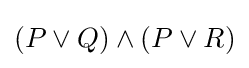
(P\lor Q)\land (P\lor R)